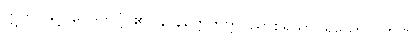
ဣတိ၊ သို့။ ဝေဒိတဗ္ဗံ၊ ၏။ နာနတ္တေကတ္တဝိညာစရိယာပရိယော ဂဟဏ